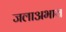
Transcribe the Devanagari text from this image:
जलाअभाव